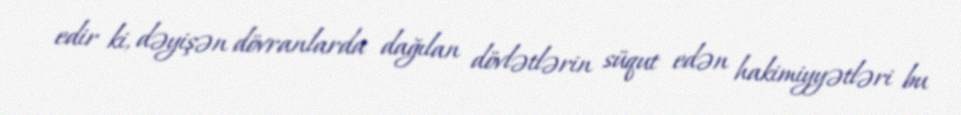
edir ki, dəyişən dövranlarda dağılan dövlətlərin süqut edən hakimiyyətləri bu